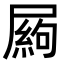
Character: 𡳍